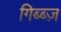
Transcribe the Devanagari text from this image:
गिब्ब्ज़